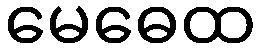
မေဓေထ